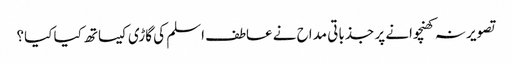
تصویر نہ کھنچوانے پر جذباتی مداح نے عاطف اسلم کی گاڑی کیساتھ کیا کیا؟